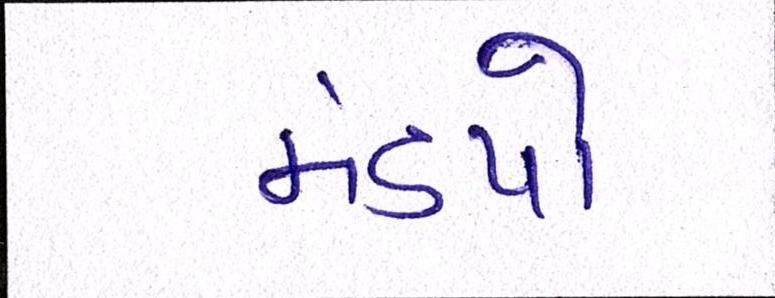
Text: મંડપો